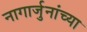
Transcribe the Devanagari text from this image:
नागार्जुनांच्या